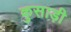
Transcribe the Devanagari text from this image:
कुसाड़ी